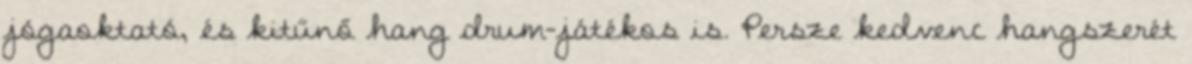
jógaoktató, és kitűnő hang drum-játékos is. Persze kedvenc hangszerét